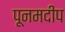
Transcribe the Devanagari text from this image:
पूनमदीप